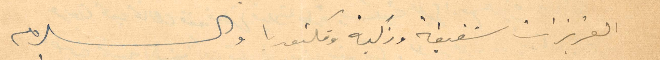
العزيزات شفيقة وزكية وفكتوريا والسلام